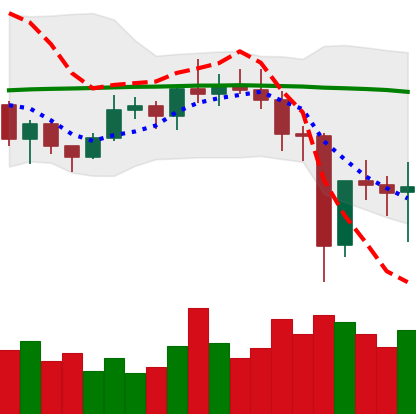
Ticker: NEO-USD
Chart end date: 2020-12-27
Forward return: -3.934%
Label: down_3_5